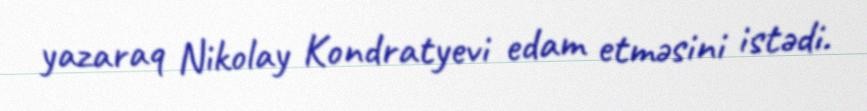
yazaraq Nikolay Kondratyevi edam etməsini istədi.